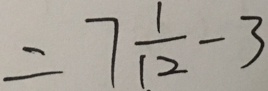
= 7 \frac { 1 } { 1 2 } - 3